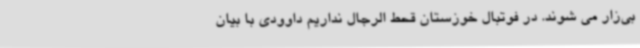
بی‌زار می شوند. در فوتبال خوزستان قحط الرجال نداریم داوودی با بیان